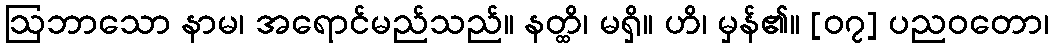
ဩဘာသော နာမ၊ အရောင်မည်သည်။ နတ္ထိ၊ မရှိ။ ဟိ၊ မှန်၏။ [၀၇] ပညဝတော၊